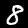
Digit: 8